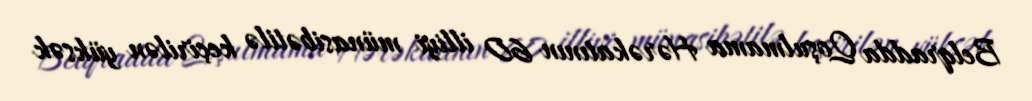
Belqradda Qoşulmama Hərəkatının 60 illiyi münasibətilə keçirilən yüksək